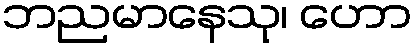
ဘညမာနေသု၊ ဟော